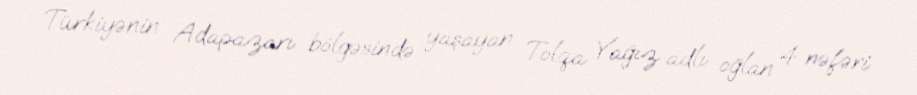
Türkiyənin Adapazarı bölgəsində yaşayan Tolqa Yağız adlı oğlan 4 nəfəri